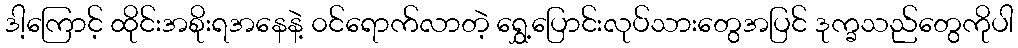
ဒါ့ကြောင့် ထိုင်းအစိုးရအနေနဲ့ ၀င်ရောက်လာတဲ့ ရွှေ့ပြောင်းလုပ်သားတွေအပြင် ဒုက္ခသည်တွေကိုပါ